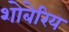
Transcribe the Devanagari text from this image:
शोबेरिय